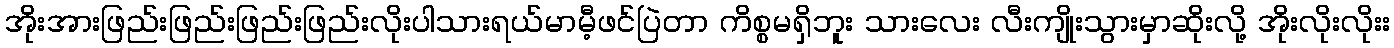
အိုးအားဖြည်းဖြည်းဖြည်းဖြည်းလိုးပါသားရယ်မာမီ့ဖင်ပြဲတာ ကိစ္စမရှိဘူး သားလေး လီးကျိုးသွားမှာဆိုးလို့ အိုးလိုးလိုးး